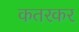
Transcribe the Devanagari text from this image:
कतरकर